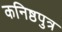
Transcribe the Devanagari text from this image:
कनिष्ठपुत्र